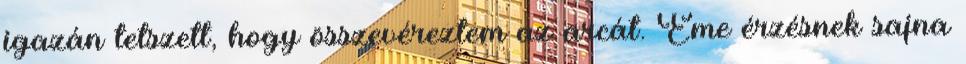
igazán tetszett, hogy összevéreztem az arcát. Eme érzésnek sajna